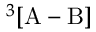
^ 3 [ \mathrm { A } - \mathrm { B } ]